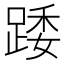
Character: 踒